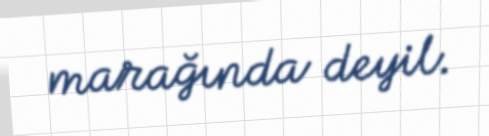
marağında deyil.